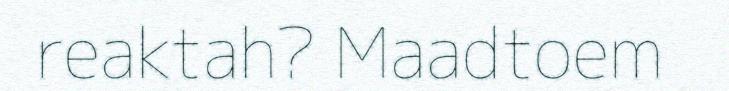
reaktah? Maadtoem